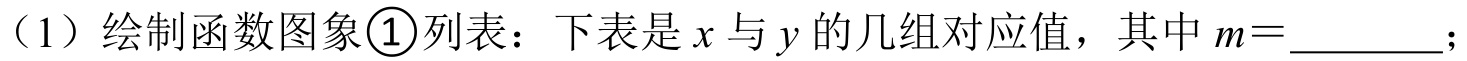
（1）绘制函数图象\textcircled{1}列表：下表是\(x\)与\(y\)的几组对应值，其中\(m = \underline{\qquad}\);